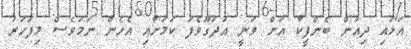
އަޅައި ދިއުން ބެންފީކާ އަށް ވަނީ އުދަގޫވެފަ ކަމަށާއި އެހެން ނަމަވެސް މިފަހަރު